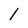
Character: 1